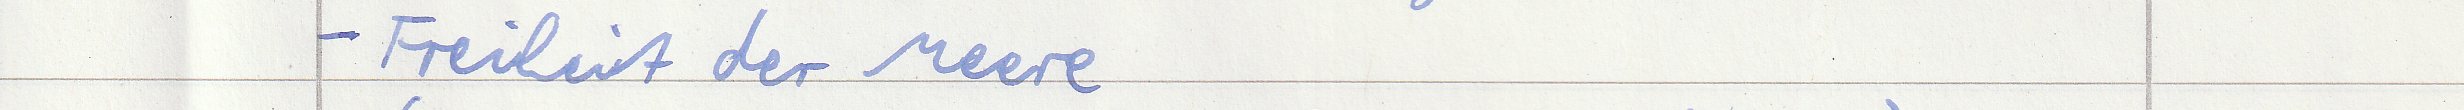
- Freiheit der Meere